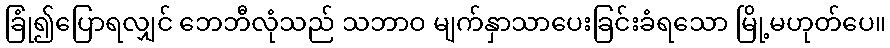
ခြုံ၍ပြောရလျှင် ဘေဘီလုံသည် သဘာဝ မျက်နှာသာပေးခြင်းခံရသော မြို့မဟုတ်ပေ။